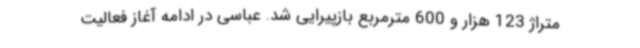
متراژ 123 هزار و 600 مترمربع بازپیرایی شد. عباسی در ادامه آغاز فعالیت